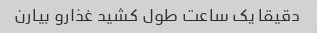
دقیقا یک ساعت طول کشید غذارو بیارن